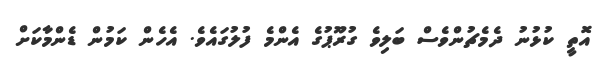
އޮތީ ކުޅުނު ދެމެޗުންވެސް ބަލިވެ ގުރޫޕުގެ އެންމެ ފުލުގައެވެ. އެހެން ކަމުން ޑެންމާކަށް